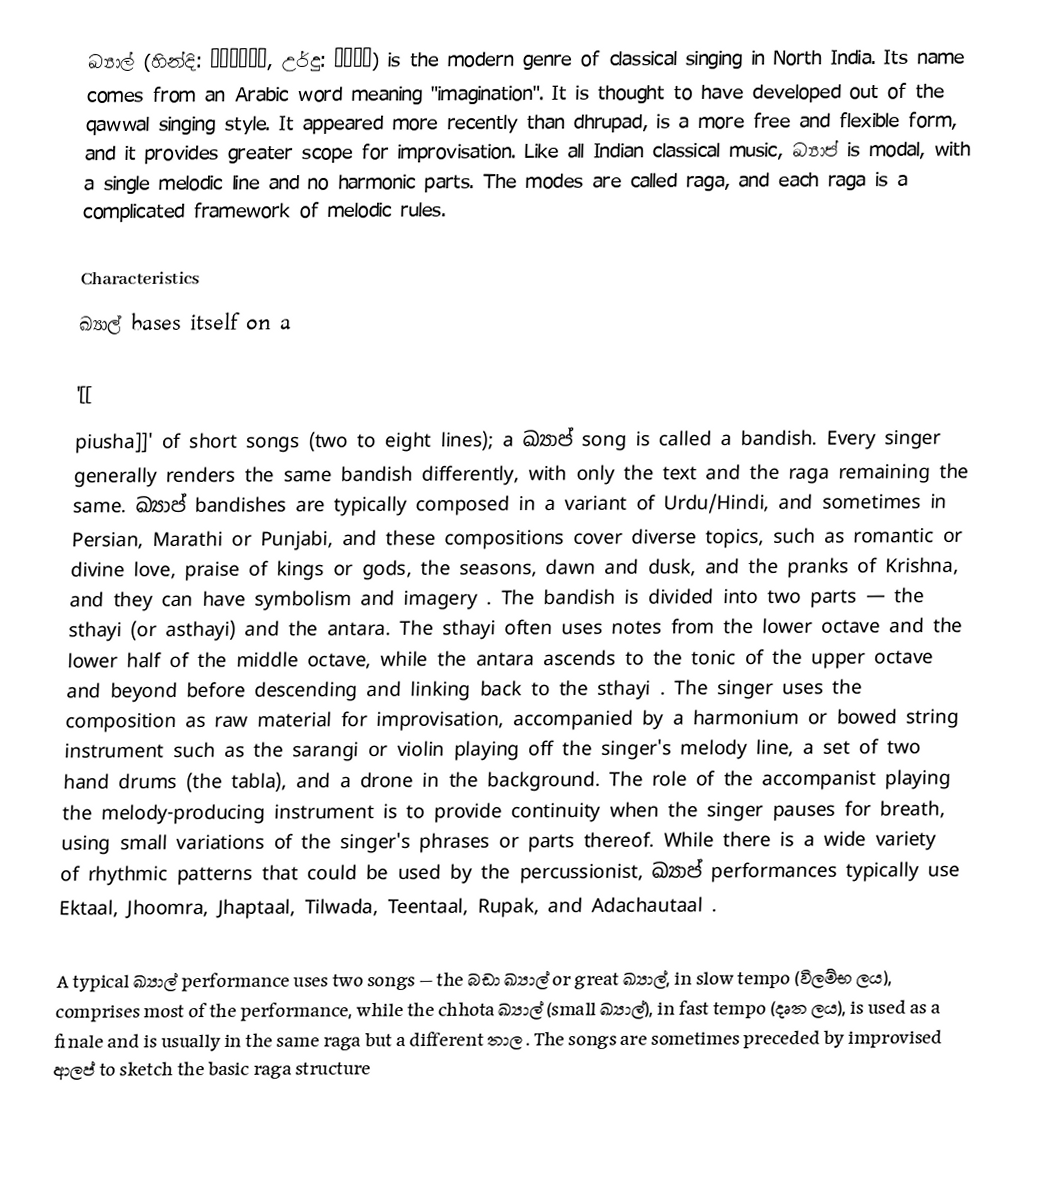
ඛ්‍යාල් (හින්දි: ख़्याल, උර්දු: خیال) is the modern genre of classical singing in North India. Its name comes from an Arabic word meaning "imagination". It is thought to have developed out of the qawwal singing style. It appeared more recently than dhrupad, is a more free and flexible form, and it provides greater scope for improvisation. Like all Indian classical music, ඛ්‍යාප් is modal, with a single melodic line and no harmonic parts. The modes are called raga, and each raga is a complicated framework of melodic rules.

Characteristics
ඛ්‍යාල් bases itself on a

 '[[
piusha]]' of short songs (two to eight lines); a ඛ්‍යාප් song is called a bandish. Every singer generally renders the same bandish differently, with only the text and the raga remaining the same. ඛ්‍යාප් bandishes are typically composed in a variant of Urdu/Hindi, and sometimes in Persian, Marathi or Punjabi, and these compositions cover diverse topics, such as romantic or divine love, praise of kings or gods, the seasons, dawn and dusk, and the pranks of Krishna, and they can have symbolism and imagery . The bandish is divided into two parts — the sthayi (or asthayi) and the antara. The sthayi often uses notes from the lower octave and the lower half of the middle octave, while the antara ascends to the tonic of the upper octave and beyond before descending and linking back to the sthayi . The singer uses the composition as raw material for improvisation, accompanied by a harmonium or bowed string instrument such as the sarangi or violin playing off the singer's melody line, a set of two hand drums (the tabla), and a drone in the background. The role of the accompanist playing the melody-producing instrument is to provide continuity when the singer pauses for breath, using small variations of the singer's phrases or parts thereof. While there is a wide variety of rhythmic patterns that could be used by the percussionist, ඛ්‍යාප් performances typically use Ektaal, Jhoomra, Jhaptaal, Tilwada, Teentaal, Rupak, and Adachautaal .

A typical ඛ්‍යාල් performance uses two songs — the බඩා ඛ්‍යාල් or great ඛ්‍යාල්, in slow tempo (විලම්භ ලය), comprises most of the performance, while the chhota ඛ්‍යාල් (small ඛ්‍යාල්), in fast tempo (දෘත ලය), is used as a finale and is usually in the same raga but a different තාල . The songs are sometimes preceded by improvised ආලප් to sketch the basic raga structure